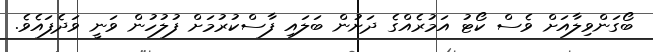
ބޯގަންވިލާއަށް ވެސް ކޯޓު އަމުރެއްގެ ދަށުން ބަލައި ފާސްކުރުމަށް ފުލުހުން ވަނީ ވަދެފައެވެ.